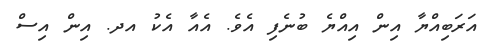
އަރަބިއްޔާ އިން އިއްޔެ ބުނެފި އެވެ. އެއާ އެކު އދ. އިން އިސް